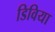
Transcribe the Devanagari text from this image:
डिविया